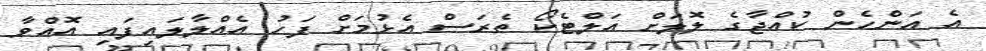
އެ އަންހެން ކުއްޖާގެ ލޮލަށް އަލްޓެކޯ ތެރަސް އެޅުމަށް ފަހު އެއްލާލައިފައި އޮއްވާ